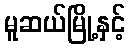
မူဆယ်မြို့နှင့်